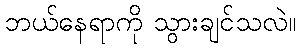
ဘယ်နေရာကို သွားချင်သလဲ။